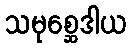
သမုစ္ဆေဒါယ